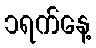
၁ရက်နေ့